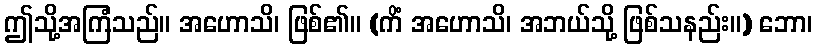
ဤသို့အကြံသည်။ အဟောသိ၊ ဖြစ်၏။ (ကိံ အဟောသိ၊ အဘယ်သို့ ဖြစ်သနည်း။) ဘော၊